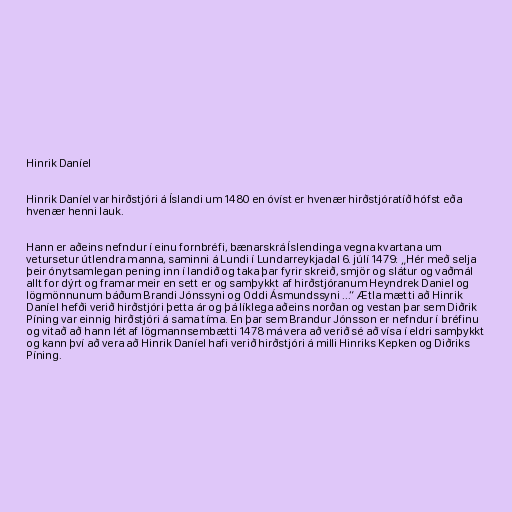
Hinrik Daníel

Hinrik Daníel var hirðstjóri á Íslandi um 1480 en óvíst er hvenær hirðstjóratíð hófst eða
hvenær henni lauk.

Hann er aðeins nefndur í einu fornbréfi, bænarskrá Íslendinga vegna kvartana um
vetursetur útlendra manna, saminni á Lundi í Lundarreykjadal 6. júlí 1479: „Hér með selja
þeir ónytsamlegan pening inn í landið og taka þar fyrir skreið, smjör og slátur og vaðmál
allt for dýrt og framar meir en sett er og samþykkt af hirðstjóranum Heyndrek Daniel og
lögmönnunum báðum Brandi Jónssyni og Oddi Ásmundssyni ...“ Ætla mætti að Hinrik
Daníel hefði verið hirðstjóri þetta ár og þá líklega aðeins norðan og vestan þar sem Diðrik
Píning var einnig hirðstjóri á sama tíma. En þar sem Brandur Jónsson er nefndur í bréfinu
og vitað að hann lét af lögmannsembætti 1478 má vera að verið sé að vísa í eldri samþykkt
og kann því að vera að Hinrik Daníel hafi verið hirðstjóri á milli Hinriks Kepken og Diðriks
Píning.